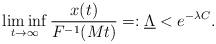
LaTeX: \begin{align*} \liminf_{t\to\infty} \frac{x(t)}{F^{-1}(Mt)}=: \underline{\Lambda}< e^{-\lambda C}.\end{align*}